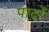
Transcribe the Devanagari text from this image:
पार्दो